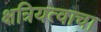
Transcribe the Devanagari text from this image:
क्षत्रियत्वाचा